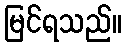
မြင်ရသည်။